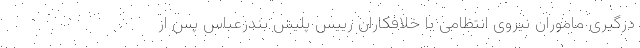
درگیری ماموران نیروی انتظامی با خلافکاران رییس پلیس بندرعباس پس از